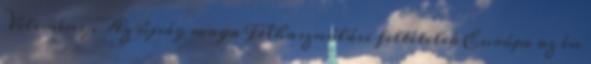
Vélemény. Az újság maga Felhasználási feltételek Európa az én